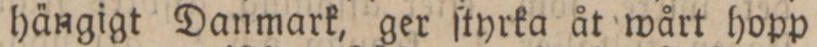
hängigt Danmark, ger ſtyrka åt wårt hopp